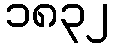
၁၈၃၂